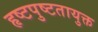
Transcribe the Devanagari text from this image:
हृष्टपुष्टतायुक्त